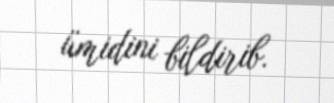
ümidini bildirib.